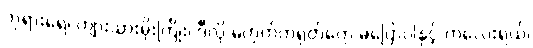
ဘုရားရေ၊ ကျားသားမိုးကြိုး၊ ဒီလို မဟုတ်တရုတ်တွေ မပြောပါနှင့် ကလေးရယ်၊